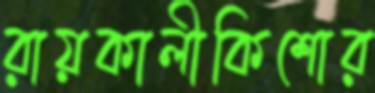
রায়কালীকিশোর